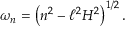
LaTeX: \omega _ { n } = \left( n ^ { 2 } - \ell ^ { 2 } H ^ { 2 } \right) ^ { 1 / 2 } .